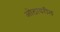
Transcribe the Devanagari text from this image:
ओठावरील